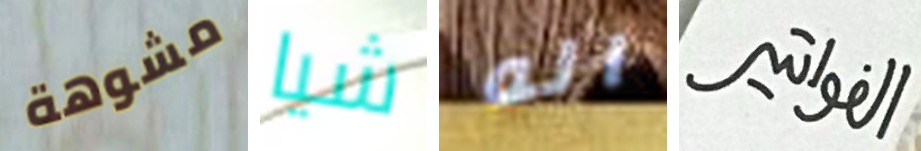
مشوهة شيا اله الفواتير